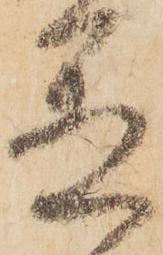
置